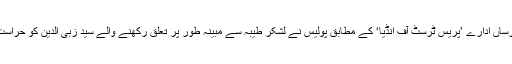
بھارتی خبر رساں ادارے ’پریس ٹرسٹ آف انڈیا‘ کے مطابق پولیس نے لشکر طیبہ سے مبینہ طور پر تعلق رکھنے والے سید زبی الدین کو حراست میں لیا ہے۔